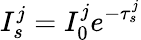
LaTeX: I_{s}^{j}=I_{0}^{j}e^{-{\tau_{s}^{j}}}